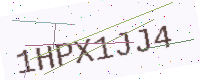
Text: 1HPX1JJ4